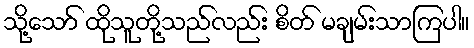
သို့သော် ထိုသူတို့သည်လည်း စိတ် မချမ်းသာကြပါ။